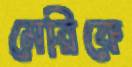
মেরিকে